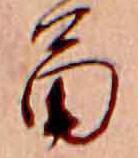
苗